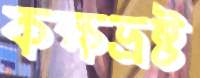
কক্ষভ্রষ্ট